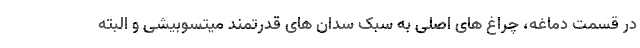
در قسمت دماغه، چراغ های اصلی به سبک سدان های قدرتمند میتسوبیشی و البته